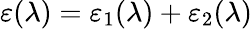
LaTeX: \varepsilon(\lambda)=\varepsilon_{1}(\lambda)+\varepsilon_{2}(\lambda)